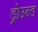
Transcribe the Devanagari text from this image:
ड्रोउन्ड